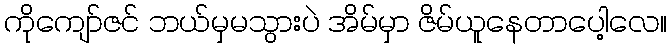
ကိုကျော်ဇင် ဘယ်မှမသွားပဲ အိမ်မှာ ဇိမ်ယူနေတာပေါ့လေ။